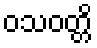
ဝသဝတ္တိ